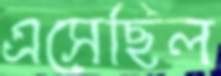
এসেছিল